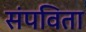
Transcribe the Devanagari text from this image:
संपविता